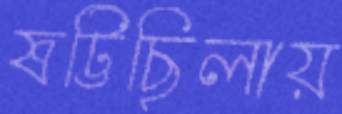
ষট্টিছিলায়